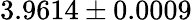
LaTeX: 3.9614\pm 0.0009